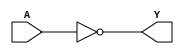
//
`timescale 1ns/10ps
module inv( 
    A,
    Y
);
input  A;
output Y;

assign Y=~A;
endmodule